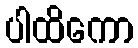
ပါထိကော